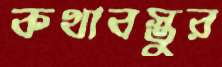
কথাবস্তুর